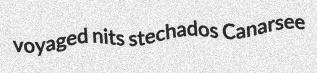
voyaged nits stechados Canarsee